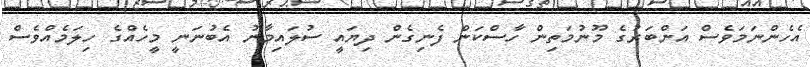
އެހެންނަމަވެސް އަންބަރުގެ މޫނުމަތިން ހާސްކަން ފެނިގެން ދިޔައީ ސުލައިމާނު އެބުނަނީ މީހެއްގެ ހިލަމެއްވެސް